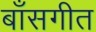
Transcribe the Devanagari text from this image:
बाँसगीत